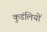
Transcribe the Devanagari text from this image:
कुडंलियों